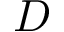
D